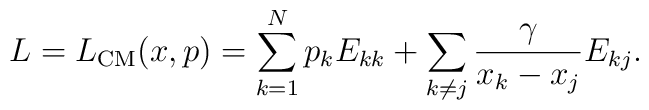
L=L_{\rm CM}(x,p)=\sum_{k=1}^Np_kE_{kk}+\sum_{k\neq j}\frac{\gamma}{x_k-x_j}E_{kj}.